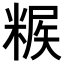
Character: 𥺶